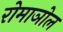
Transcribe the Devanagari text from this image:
रोमाञोल